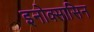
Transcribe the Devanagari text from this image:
इनोक्सासिन